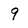
Character: 9